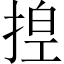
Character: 𪮆